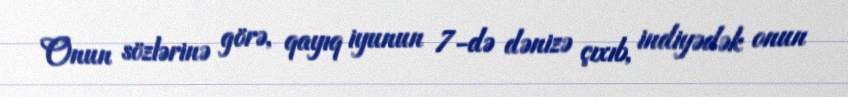
Onun sözlərinə görə, qayıq iyunun 7-də dənizə çıxıb, indiyədək onun